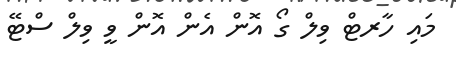
މައި ހާރޓް ވިލް ގޯ އޮން އެން އޮން ވީ ވިލް ސްޓޭ